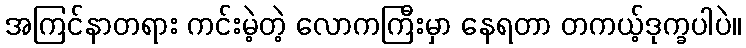
အကြင်နာတရား ကင်းမဲ့တဲ့ လောကကြီးမှာ နေရတာ တကယ့်ဒုက္ခပါပဲ။